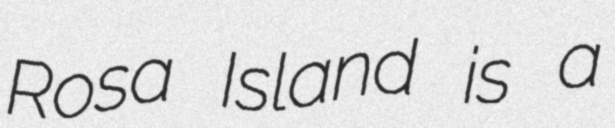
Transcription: Rosa Island is a